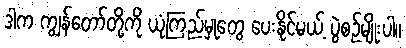
ဒါက ကျွန်တော်တို့ကို ယုံကြည်မှုတွေ ပေးနိုင်မယ့် ပွဲစဉ်မျိုးပါ။